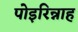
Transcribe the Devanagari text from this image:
पोइरिन्नाह